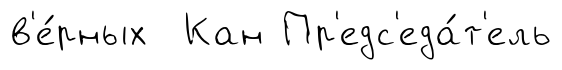
в'е́рных Кан Пр'едс'еда́т'ель